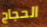
الحجاج